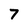
Character: 7